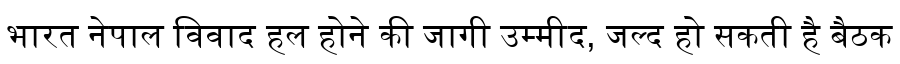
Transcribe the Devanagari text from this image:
भारत नेपाल विवाद हल होने की जागी उम्मीद, जल्द हो सकती है बैठक